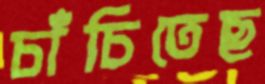
চাঁচিতেছ